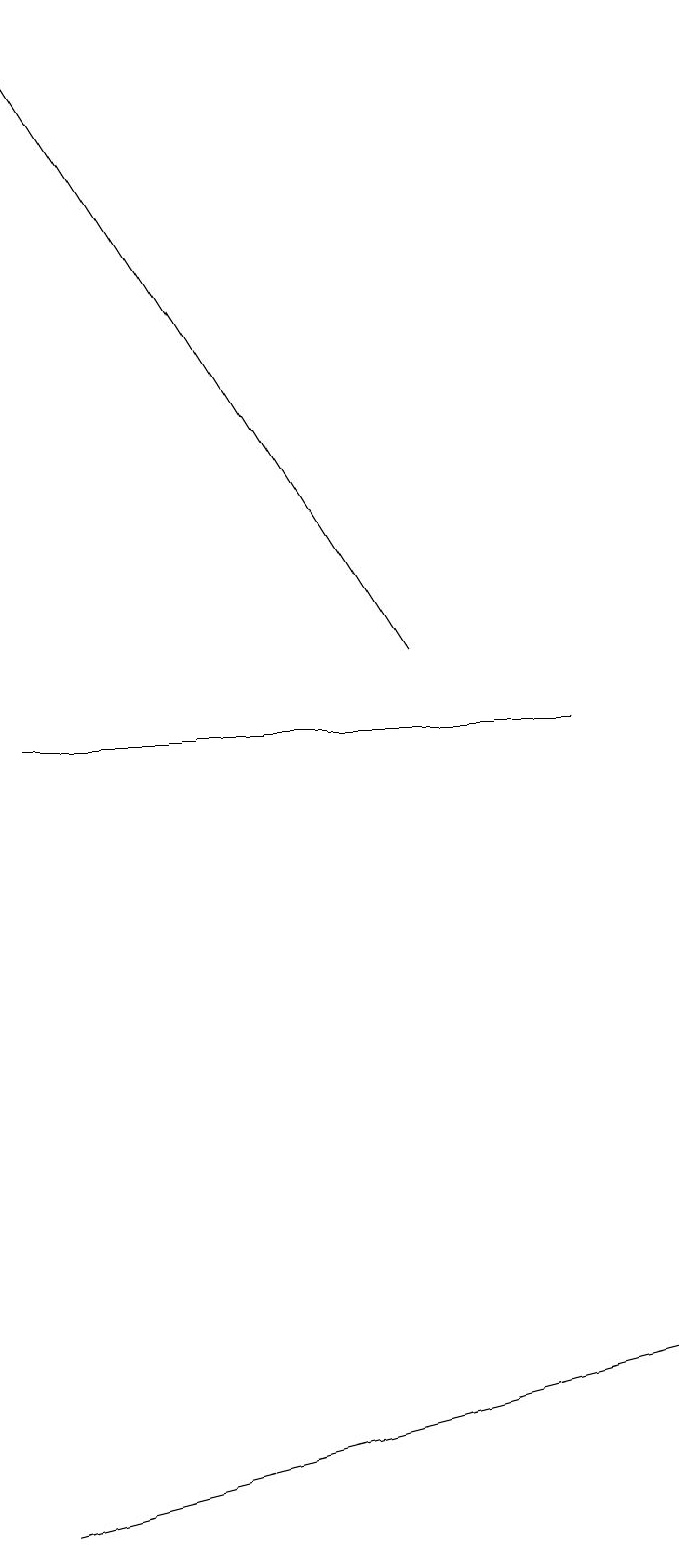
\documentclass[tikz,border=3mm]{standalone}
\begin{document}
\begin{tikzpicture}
\draw (1,10) rectangle (8,10);
\draw[->] (6,11) -- (1,19);
\draw (1,0) -- (9,2) -- (5,1) -- cycle;
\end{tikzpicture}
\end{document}